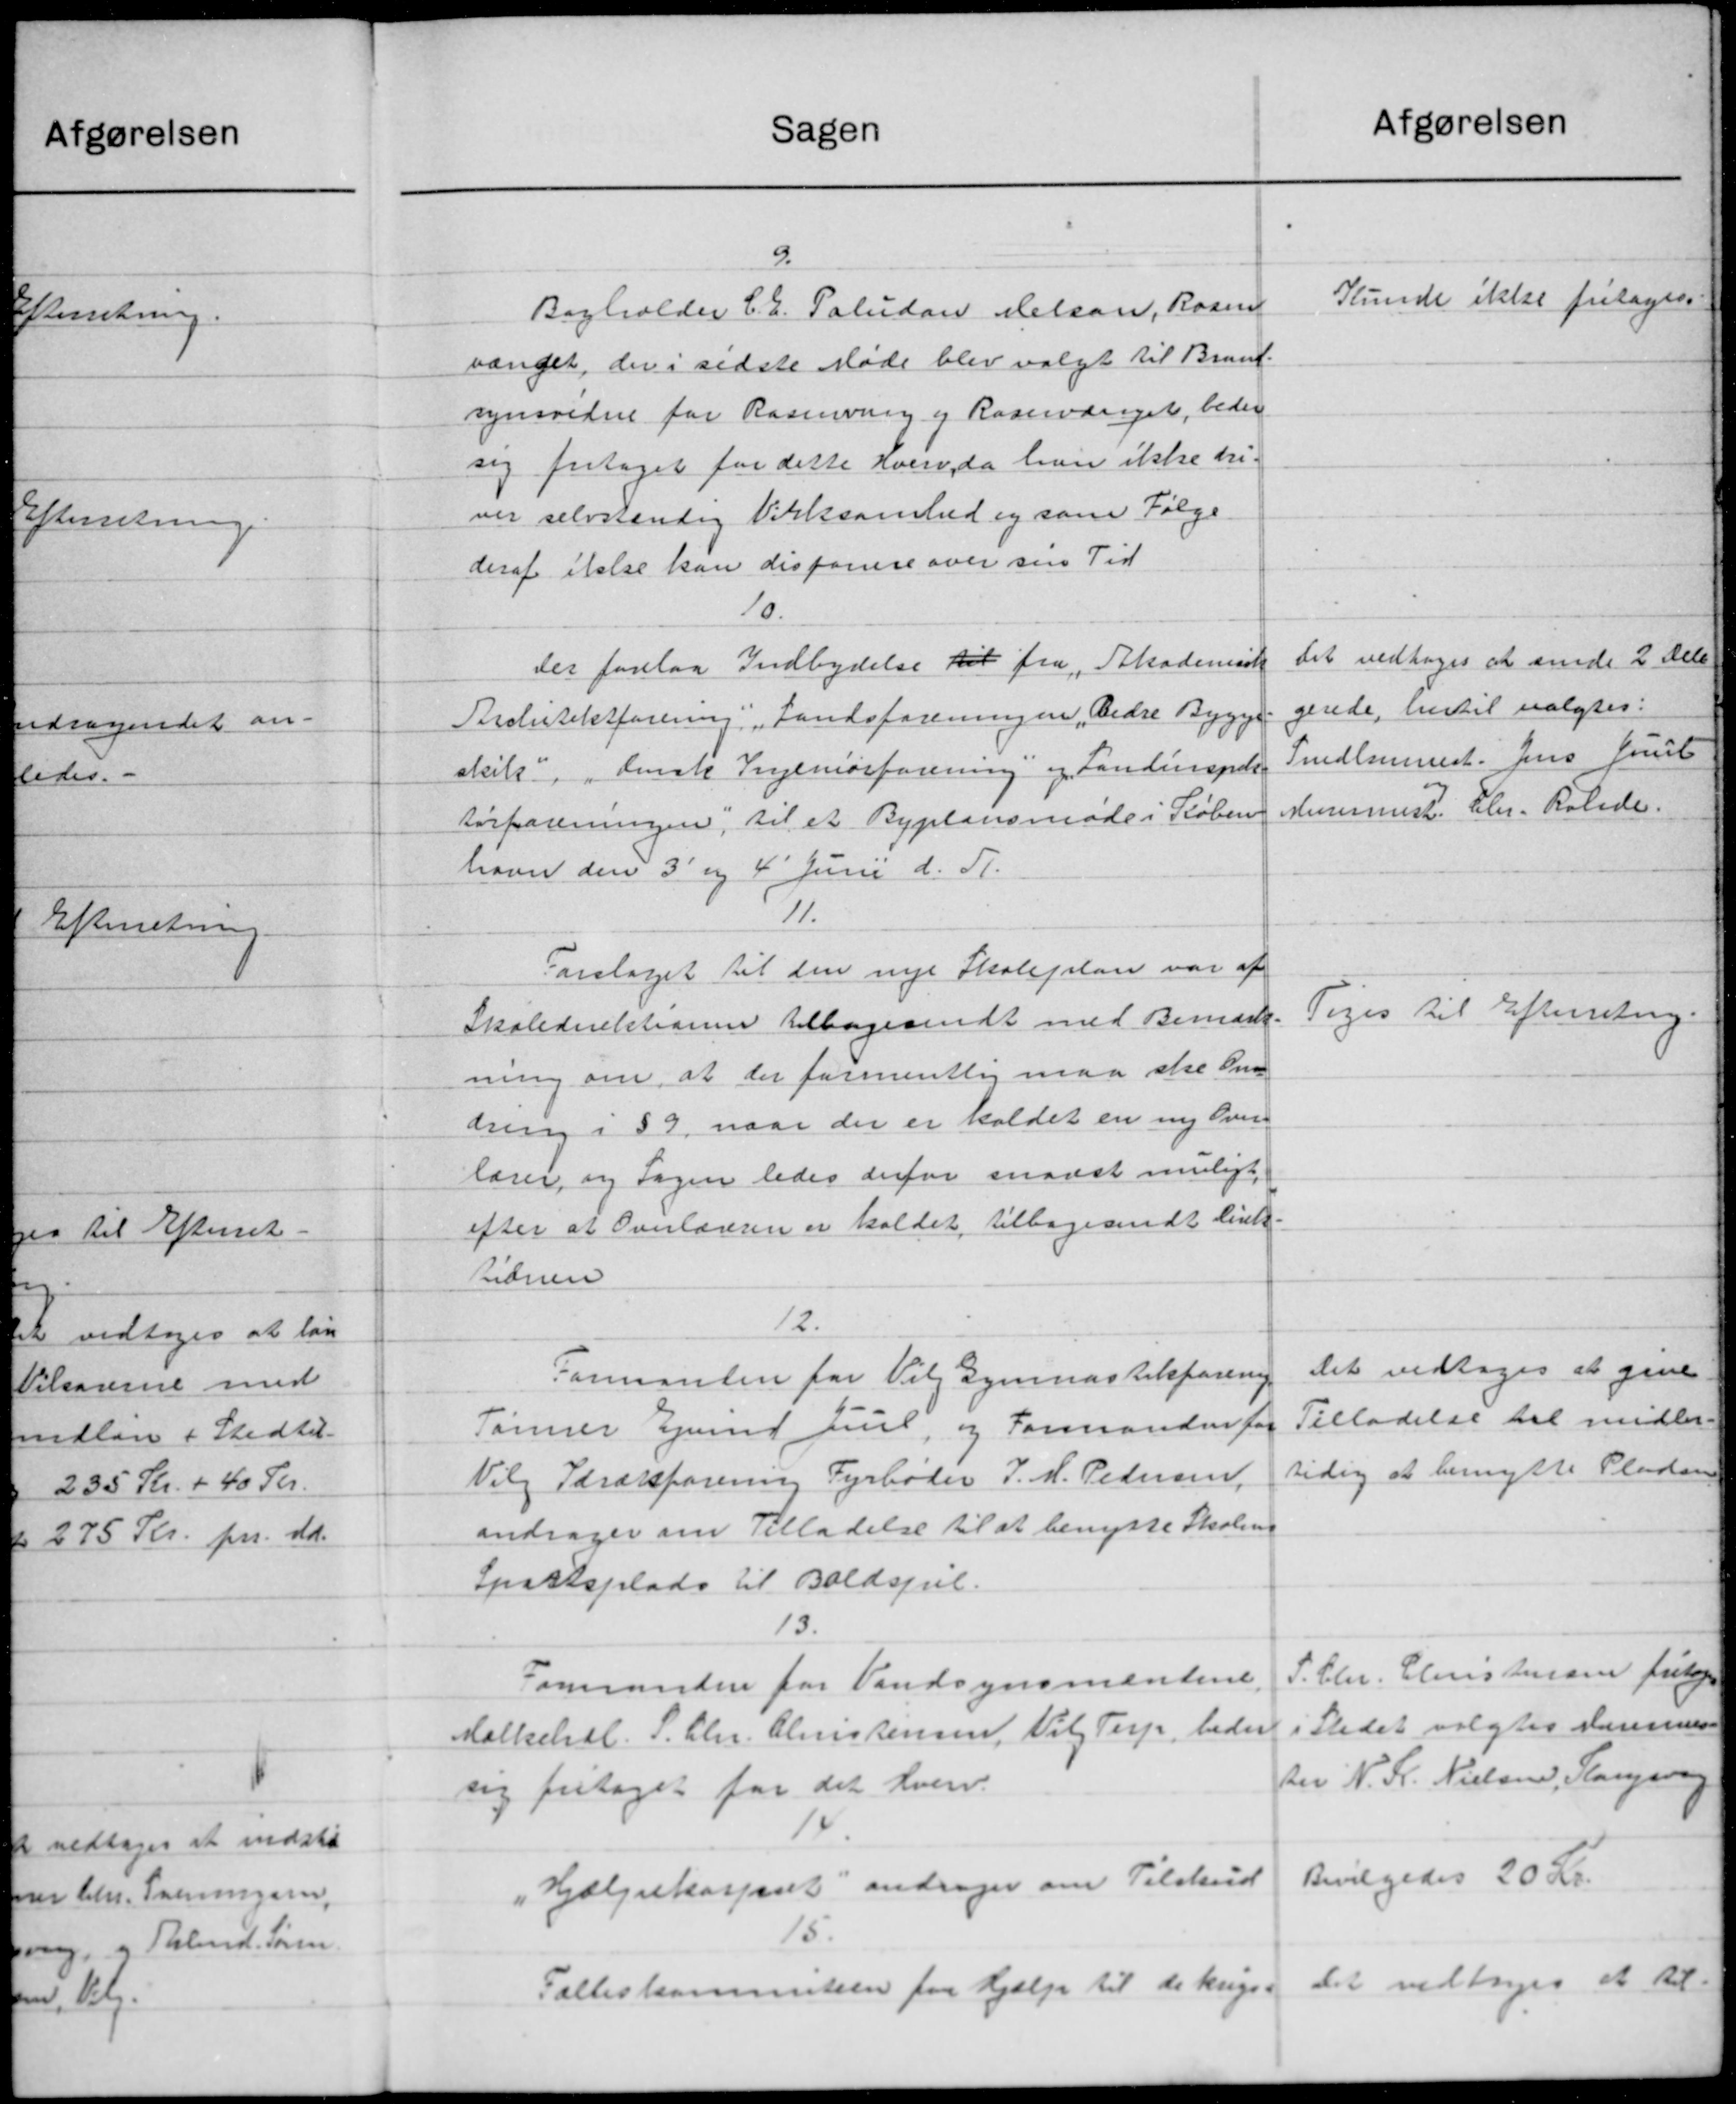
Transskription:
Sagen
9.
Bogholder C. E. Paludan Helson, Rosen
vænget, der i sidste Møde blev valgt til Brand-
synsvidne for Rasmining og Raseværget, beder
sig fritaget for dette Hverv, da han ikke dri
ver selvstændig Virksomhed og som Følge
deraf ikke kan desformere over sin Tid
10.
Der forelaa Indbydelse til fra "Akademid
Bislitektforening. „Landsforeningen Bedre Bygge
skilts "denske Ingeniørforening og Landinspek
Forforeningen, til et Byplansmøde i Køben
havn den 3' og 4' Juni d. 11.
11.
Forslaget til den nye Skoleplan var af
Skoledirektionen tilbagesendt med Bemærk-
ning om, at der formentlig maa stre Om
dring i 59, naar der er kaldet en ny Over
lærer og Sagen ledes derfor snaast muligt
efter at Overlæreren er koldet, tilbagesendt Cirk.
Sionen
12.
Formanden for Vil Gymnastikforening
Tømrer Gjund Juul, og Formanden for
Vilg Idrætsforening Fyrbøder P. M. Pedersen,
andrager om Tilladelse til at benytte Skolens
Sportsplads til Boldspl.
13.
Formanden for Vandsynsmændene.
Mælkehdl. S. Chr. Christensen, Vil Terp, beder
sig fritaget for det hverv.
„Hjælpekasseret andrager om Tilskud
15.
Fælleskommiteen for Hjælp til de krigs-